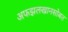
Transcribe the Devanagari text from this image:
अफझलखानसोबत